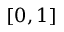
[ 0 , 1 ]